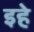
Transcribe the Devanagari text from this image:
इहे